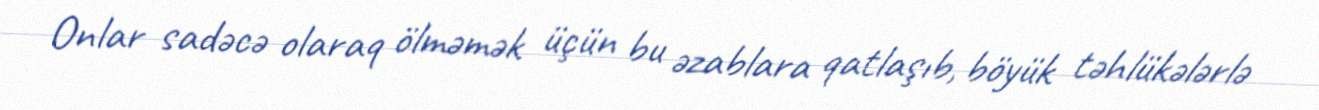
Onlar sadəcə olaraq ölməmək üçün bu əzablara qatlaşıb, böyük təhlükələrlə